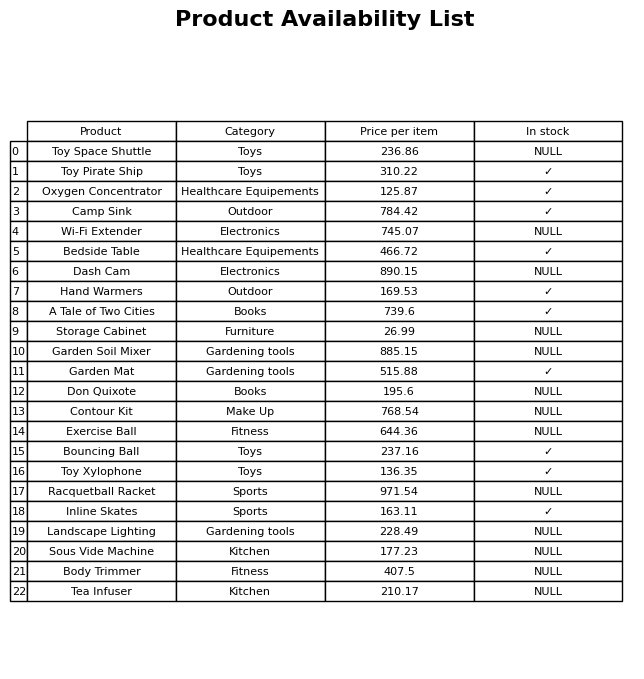
question: What is the price for Landscape Lighting?
answer: The price of Landscape Lighting is 228.49.